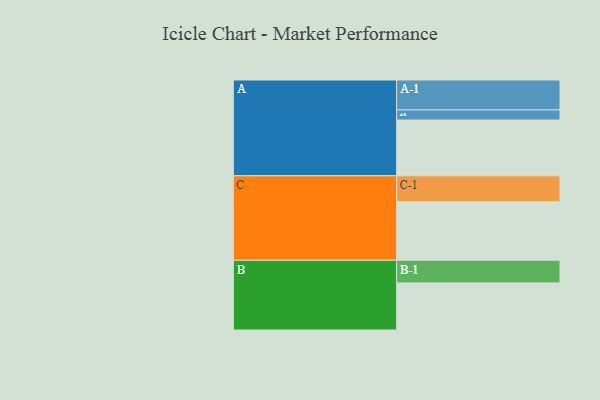
{"axis": {"x": "Segment", "y": "Value"}, "legend": ["", "A", "B", "C"], "data": [{"x": "A", "y": 475, "type": ""}, {"x": "B", "y": 401, "type": ""}, {"x": "C", "y": 500, "type": ""}, {"x": "A-1", "y": 255, "type": "A"}, {"x": "A-2", "y": 86, "type": "A"}, {"x": "B-1", "y": 193, "type": "B"}, {"x": "C-1", "y": 219, "type": "C"}]}